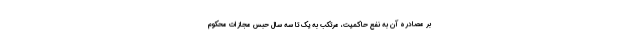
بر مصادره آن به نفع حاکمیت، مرتکب به یک تا سه سال حبس مجازات محکوم